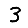
Digit: 3